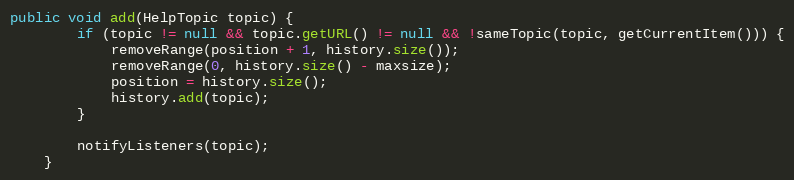
Language: Java
public void add(HelpTopic topic) {
        if (topic != null && topic.getURL() != null && !sameTopic(topic, getCurrentItem())) {
            removeRange(position + 1, history.size());
            removeRange(0, history.size() - maxsize);
            position = history.size();
            history.add(topic);
        }

        notifyListeners(topic);
    }